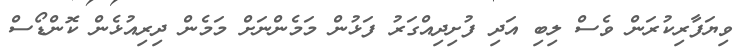
ވިޔަފާރިކުރަން ވެސް ލިބި އަދި ފުށިދިއްގަރު ފަޅުން މަމެންނަށް މަމެން ދިރިއުޅެން ކޮންޑޯސް